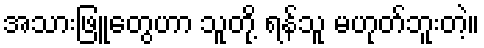
အသားဖြူတွေဟာ သူတို့ ရန်သူ မဟုတ်ဘူးတဲ့။